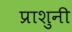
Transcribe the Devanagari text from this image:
प्राशुनी